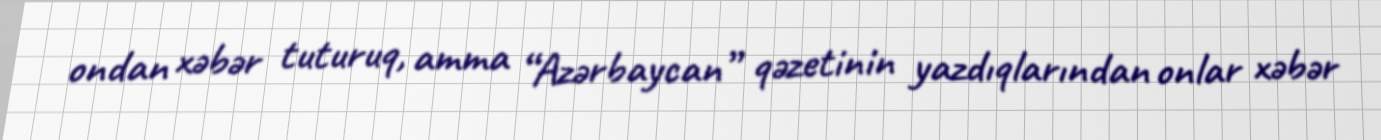
ondan xəbər tuturuq, amma “Azərbaycan” qəzetinin yazdıqlarından onlar xəbər